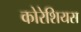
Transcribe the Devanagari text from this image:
कोरेशियस